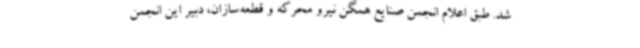
شد. طبق اعلام انجمن صنایع همگن نیرو محرکه و قطعه‌سازان، دبیر این انجمن